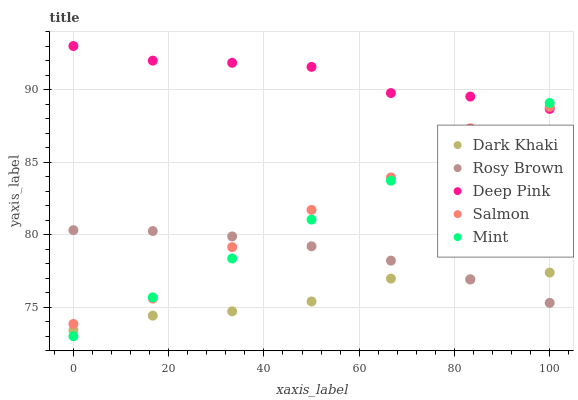
| xaxis_label | Dark Khaki | Rosy Brown | Deep Pink | Salmon | Mint |
 | --- | --- | --- | --- | --- | --- |
 | 0 | 73.4 | 80.3 | 93 | 73.8 | 73 |
 | 16.7 | 74.4 | 80.3 | 92 | 75.6 | 75.7 |
 | 33.3 | 74.7 | 79.9 | 91.8 | 79.1 | 78.4 |
 | 50 | 75.4 | 79.2 | 91.6 | 81.7 | 81 |
 | 66.7 | 77 | 78.2 | 89.8 | 83.9 | 83.7 |
 | 83.3 | 76.9 | 76.9 | 89.5 | 87.3 | 86.4 |
 | 100 | 77.4 | 75.3 | 88.7 | 88.8 | 89.1 |